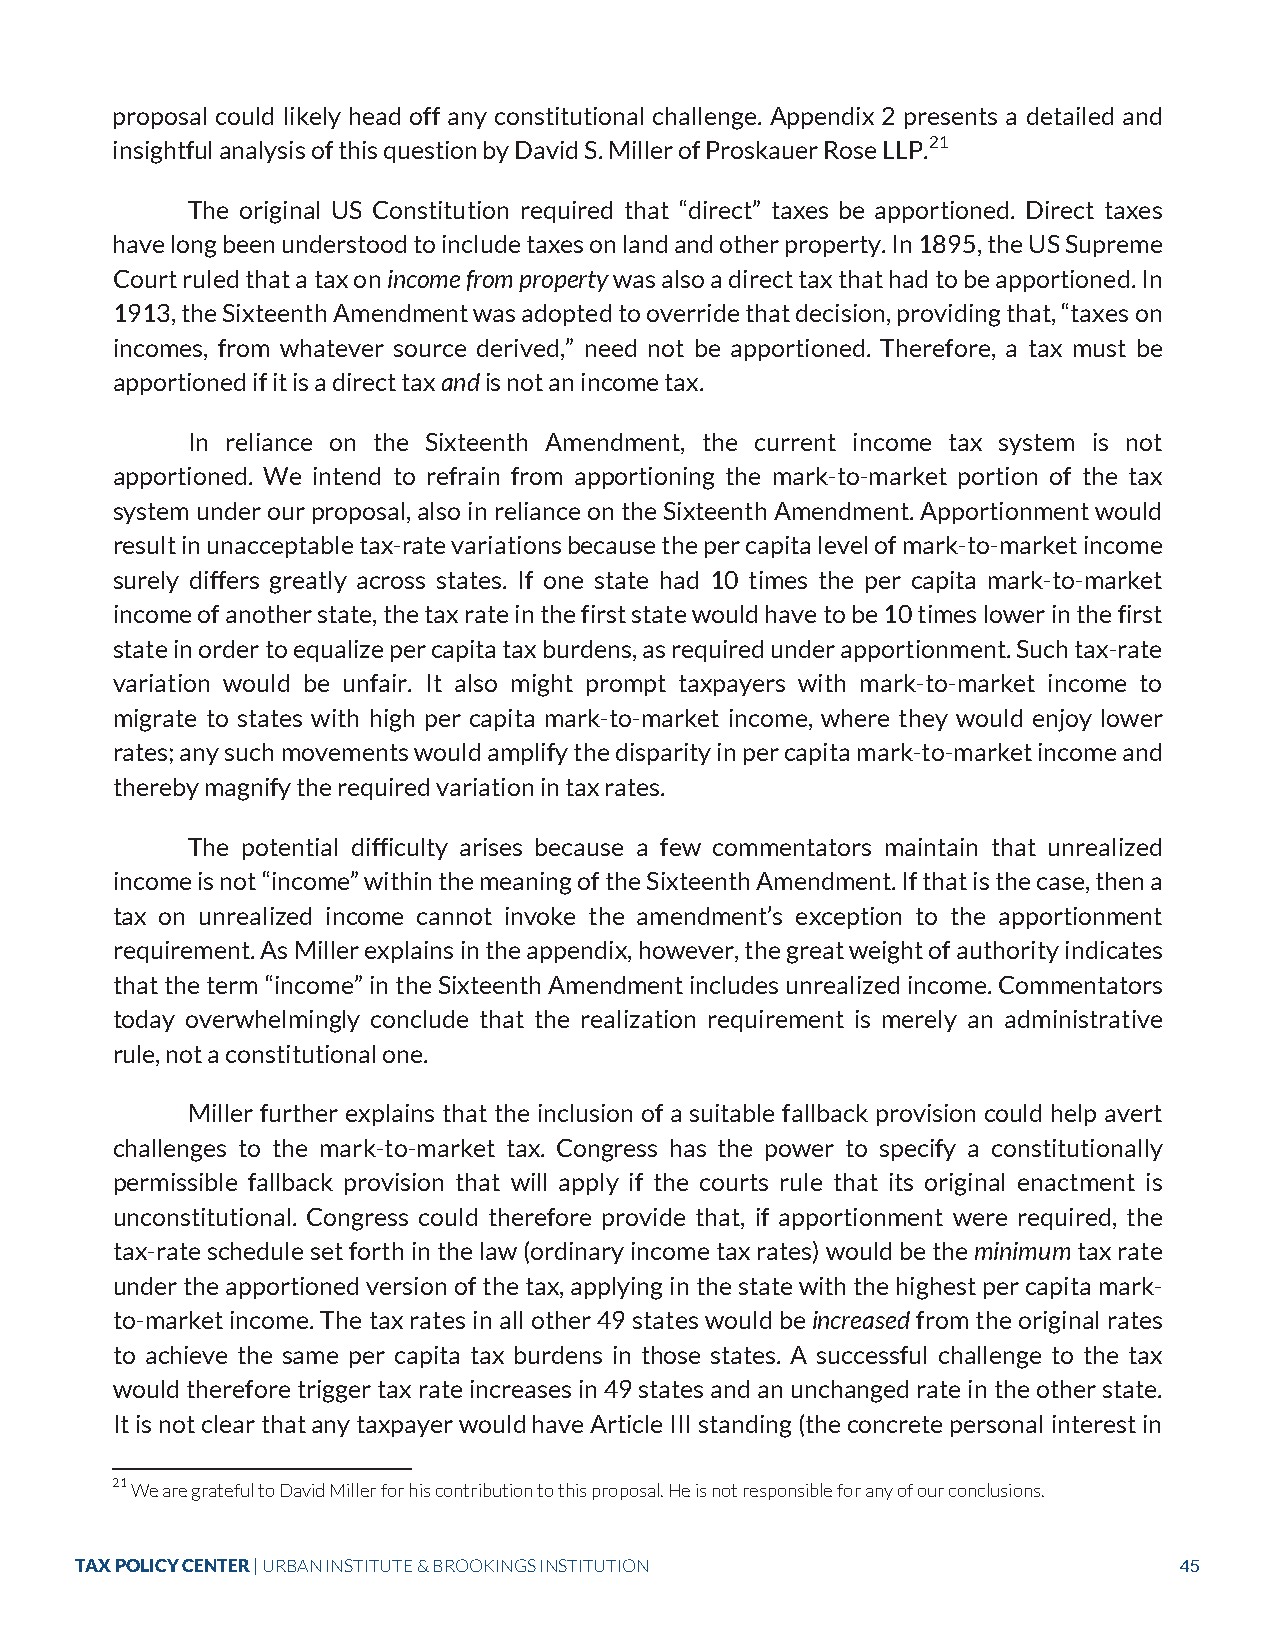
proposal could likely head off any constitutional challenge. Appendix 2 presents a detailed and
 insightful analysis of this question by David S. Miller of Proskauer Rose LLP.21
 The original US Constitution required that “direct” taxes be apportioned. Direct taxes
 have long been understood to include taxes on land and other property. In 1895, the US Supreme
 Court ruled that a tax on income from property was also a direct tax that had to be apportioned. In
 1913, the Sixteenth Amendment was adopted to override that decision, providing that, “taxes on
 incomes, from whatever source derived,” need not be apportioned. Therefore, a tax must be
 apportioned if it is a direct tax and is not an income tax.
 In reliance on the Sixteenth Amendment, the current income tax system is not
 apportioned. We intend to refrain from apportioning the mark-to-market portion of the tax
 system under our proposal, also in reliance on the Sixteenth Amendment. Apportionment would
 result in unacceptable tax-rate variations because the per capita level of mark-to-market income
 surely differs greatly across states. If one state had 10 times the per capita mark-to-market
 income of another state, the tax rate in the first state would have to be 10 times lower in the first
 state in order to equalize per capita tax burdens, as required under apportionment. Such tax-rate
 variation would be unfair. It also might prompt taxpayers with mark-to-market income to
 migrate to states with high per capita mark-to-market income, where they would enjoy lower
 rates; any such movements would amplify the disparity in per capita mark-to-market income and
 thereby magnify the required variation in tax rates.
 The potential difficulty arises because a few commentators maintain that unrealized
 income is not “income” within the meaning of the Sixteenth Amendment. If that is the case, then a
 tax on unrealized income cannot invoke the amendment’s exception to the apportionment
 requirement. As Miller explains in the appendix, however, the great weight of authority indicates
 that the term “income” in the Sixteenth Amendment includes unrealized income. Commentators
 today overwhelmingly conclude that the realization requirement is merely an administrative
 rule, not a constitutional one.
 Miller further explains that the inclusion of a suitable fallback provision could help avert
 challenges to the mark-to-market tax. Congress has the power to specify a constitutionally
 permissible fallback provision that will apply if the courts rule that its original enactment is
 unconstitutional. Congress could therefore provide that, if apportionment were required, the
 tax-rate schedule set forth in the law (ordinary income tax rates) would be the minimum tax rate
 under the apportioned version of the tax, applying in the state with the highest per capita mark-
 to-market income. The tax rates in all other 49 states would be increased from the original rates
 to achieve the same per capita tax burdens in those states. A successful challenge to the tax
 would therefore trigger tax rate increases in 49 states and an unchanged rate in the other state.
 It is not clear that any taxpayer would have Article III standing (the concrete personal interest in
 21 We are grateful to David Miller for his contribution to this proposal. He is not responsible for any of our conclusions.
 TAX POLICY CENTER | URBAN INSTITUTE & BROOKINGS INSTITUTION              45